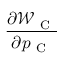
\frac { \partial \mathcal { W } _ { \mathrm { ~ C ~ } } } { \partial p _ { \mathrm { ~ C ~ } } }